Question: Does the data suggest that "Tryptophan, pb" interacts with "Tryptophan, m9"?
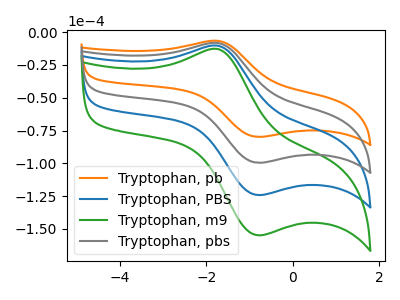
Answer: <think>The orange curve "Tryptophan, pb" has an anodic peak at (-1.75V, -6.70uA) and a cathodic peak at (-0.80V, -79.85uA). The blue curve "Tryptophan, PBS" has an anodic peak at (-1.75V, -16.70uA) and a cathodic peak at (-0.80V, -199.15uA). The green curve "Tryptophan, m9" has an anodic peak at (-1.75V, -25.05uA) and a cathodic peak at (-0.80V, -298.70uA). The gray curve "Tryptophan, pbs" has an anodic peak at (-1.75V, -8.35uA) and a cathodic peak at (-0.80V, -99.55uA).
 All the peaks in "Tryptophan, pb" have a peak in "Tryptophan, m9" at the same potential.</think>
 <answer>No, "Tryptophan, pb" and "Tryptophan, m9" don't appear to be significantly different in shape</answer>
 <eval>no_change</eval>